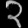
Digit: ၃